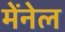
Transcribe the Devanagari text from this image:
मेंनेल